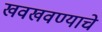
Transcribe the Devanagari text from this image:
खवखवण्याचे